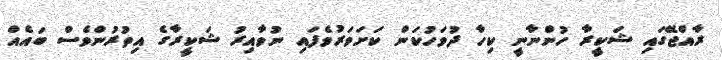
ރާއްޖޭގައި ޝަކީރާ ހުންނާނީ ކިހާ ދުވަހުކަން ކަށަވަރުވެފައި ނުވާއިރު ޝަކީރާގެ އިތުރުންވެސް ބައެއް